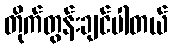
တိုက်တွန်းချင်ပါတယ်